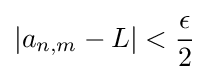
\left|a_{n,m}-L\right|<{\frac {\epsilon }{2}}